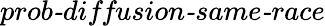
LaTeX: \textit{prob-diffusion-same-race}